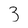
Character: 3